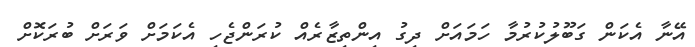
އޭނާ އެކަން ގަބޫލުކުރުމާ ހަމައަށް ދިގު އިންތިޒާރެއް ކުރަންޖެހި އެކަމަށް ވަރަށް ބުރަކޮށް